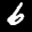
Label: 6